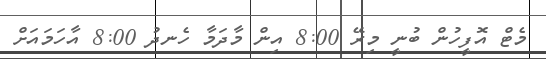
މެޓް އޮފީހުން ބުނީ މިރޭ 8:00 އިން މާދަމާ ހެނދު 8:00 އާހަމައަށް